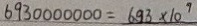
6 9 3 0 0 0 0 0 0 0 = 6 . 9 3 \times 1 0 ^ { 9 }